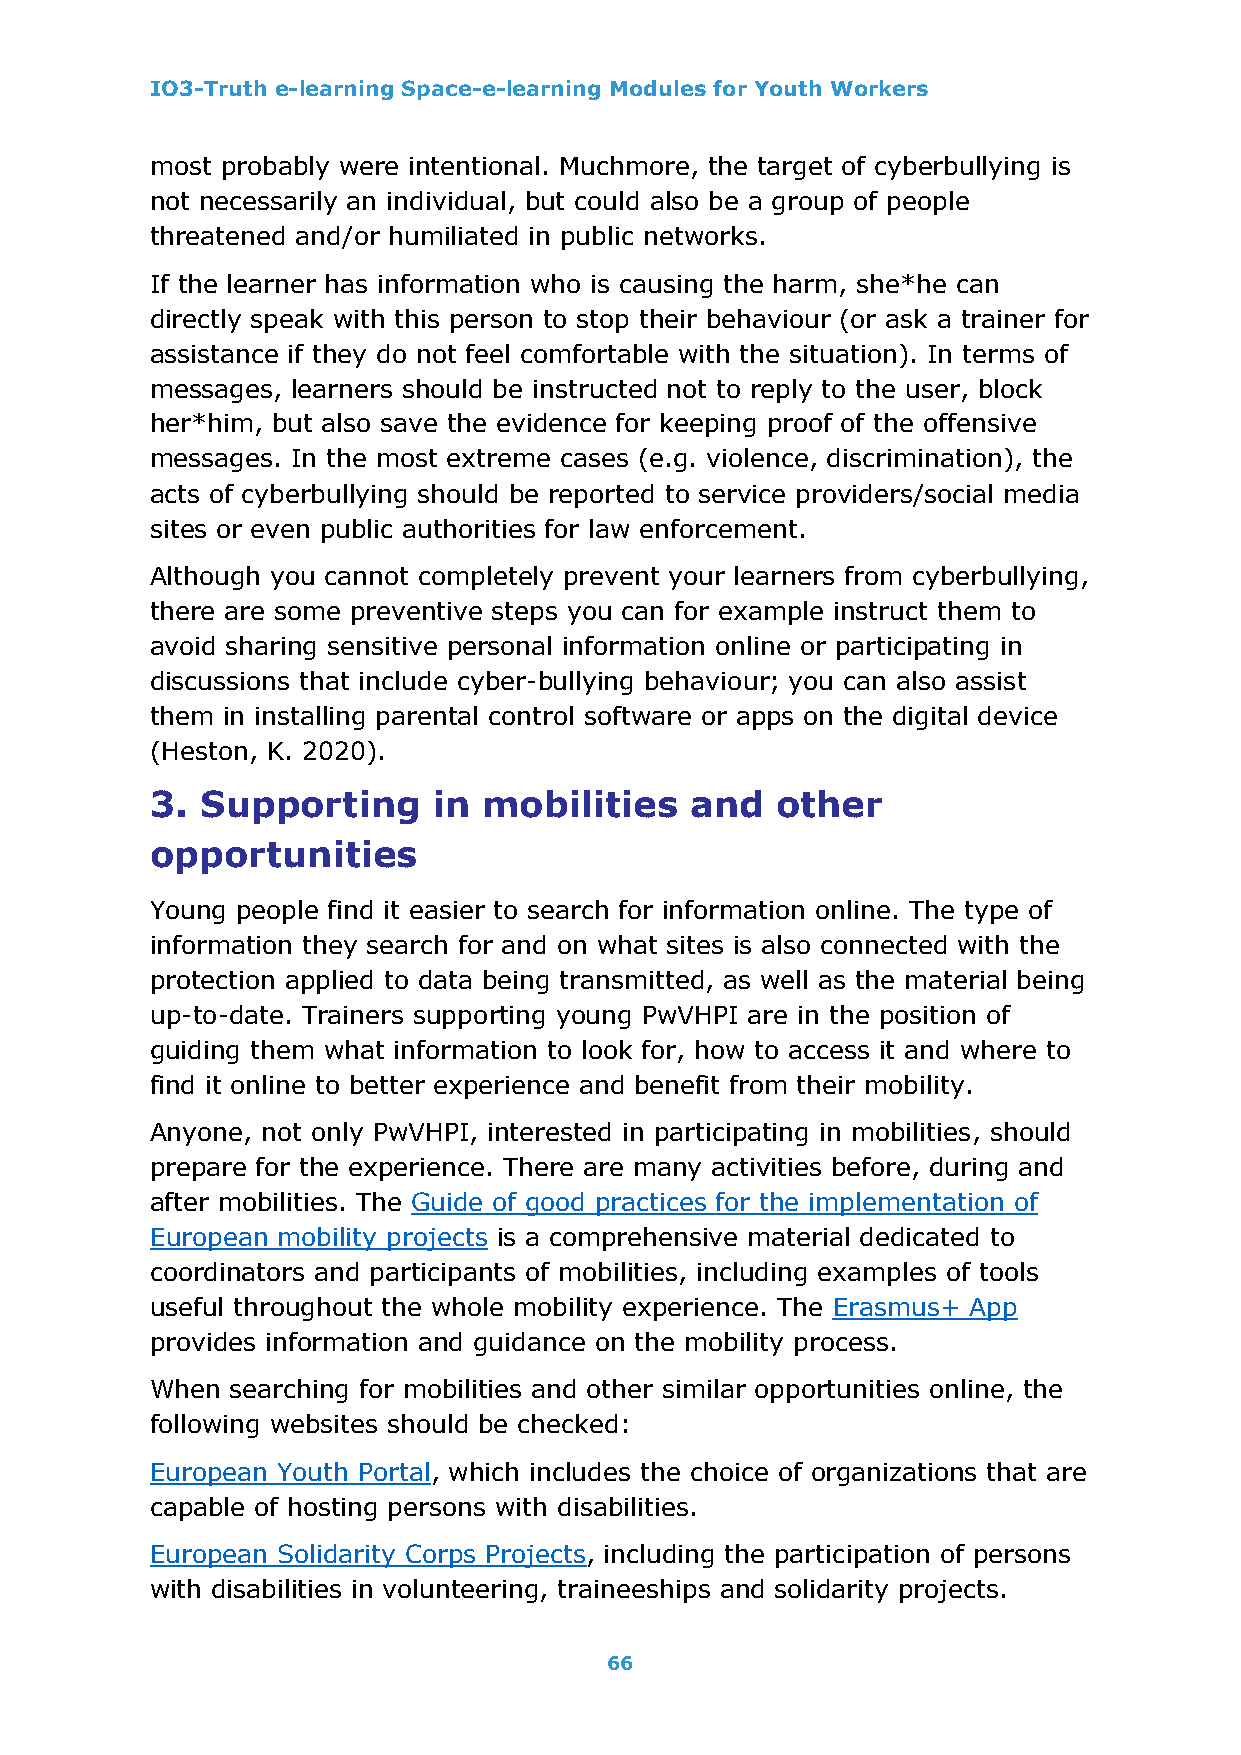
IO3-Truth e-learning Space-e-learning Modules for Youth Workers
 most probably were intentional. Muchmore, the target of cyberbullying is
 not necessarily an individual, but could also be a group of people
 threatened and/or humiliated in public networks.
 If the learner has information who is causing the harm, she*he can
 directly speak with this person to stop their behaviour (or ask a trainer for
 assistance if they do not feel comfortable with the situation). In terms of
 messages, learners should be instructed not to reply to the user, block
 her*him, but also save the evidence for keeping proof of the offensive
 messages. In the most extreme cases (e.g. violence, discrimination), the
 acts of cyberbullying should be reported to service providers/social media
 sites or even public authorities for law enforcement.
 Although you cannot completely prevent your learners from cyberbullying,
 there are some preventive steps you can for example instruct them to
 avoid sharing sensitive personal information online or participating in
 discussions that include cyber-bullying behaviour; you can also assist
 them in installing parental control software or apps on the digital device
 (Heston, K. 2020).
 3. Supporting      in mobilities    and  other
 opportunities
 Young people find it easier to search for information online. The type of
 information they search for and on what sites is also connected with the
 protection applied to data being transmitted, as well as the material being
 up-to-date. Trainers supporting young PwVHPI are in the position of
 guiding them what information to look for, how to access it and where to
 find it online to better experience and benefit from their mobility.
 Anyone, not only PwVHPI, interested in participating in mobilities, should
 prepare for the experience. There are many activities before, during and
 after mobilities. The Guide of good practices for the implementation of
 European mobility projects is a comprehensive material dedicated to
 coordinators and participants of mobilities, including examples of tools
 useful throughout the whole mobility experience. The Erasmus+ App
 provides information and guidance on the mobility process.
 When searching for mobilities and other similar opportunities online, the
 following websites should be checked:
 European Youth Portal, which includes the choice of organizations that are
 capable of hosting persons with disabilities.
 European Solidarity Corps Projects, including the participation of persons
 with disabilities in volunteering, traineeships and solidarity projects.
 66